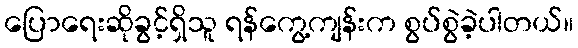
ပြောရေးဆိုခွင့်ရှိသူ ရန်ကွေ့ကျန်းက စွပ်စွဲခဲ့ပါတယ်။